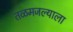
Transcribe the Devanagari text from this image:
तळमजल्याला